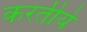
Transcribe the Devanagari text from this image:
करतीये